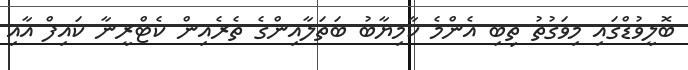
ބޮލީވުޑްގައި މިވަގުތު ތިބި އެންމެ ކާމިޔާބު ބަތަލާއިންގެ ތެރެއިން ކެޓްރީނާ ކައިފް އާއި